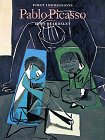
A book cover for Pablo Picasso (First Impressions); John Beardsley; Teen & Young Adult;